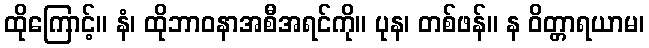
ထိုကြောင့်။ နံ၊ ထိုဘာဝနာအစီအရင်ကို။ ပုန၊ တစ်ဖန်။ န ဝိတ္တာရယာမ၊